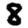
Digit: 8